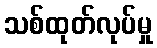
သစ်ထုတ်လုပ်မှု